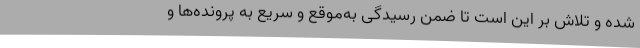
شده و تلاش بر این است تا ضمن رسیدگی به‌موقع و سریع به پرونده‌ها و